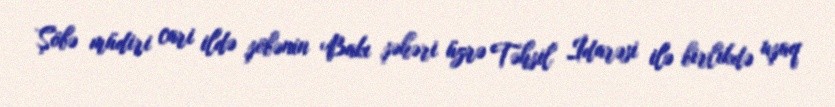
Şöbə müdiri cari ildə şöbənin Bakı şəhəri üzrə Təhsil İdarəsi ilə birlikdə uşaq